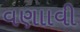
વણાાવી